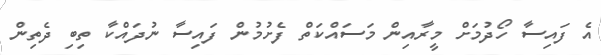
އެ ފައިސާ ހޯދުމަށް މީރާއިން މަސައްކަތް ފެށުމުން ފައިސާ ނުދައްކާ ތިބި ދެތިން